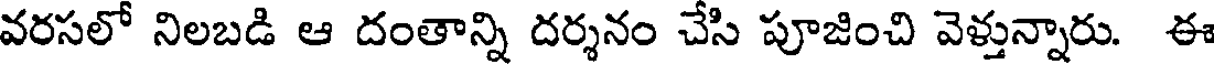
వరసలో నిలబడి ఆ దంతాన్ని దర్శనం చేసి పూజించి వెళ్తున్నారు. ఈ